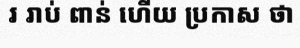
រ រាប់ ពាន់ ហើយ ប្រកាស ថា